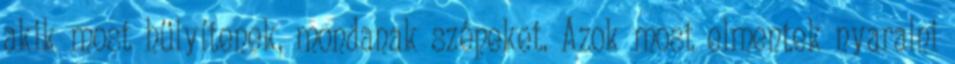
akik most hülyítenek, mondanak szépeket. Azok most elmentek nyaralni